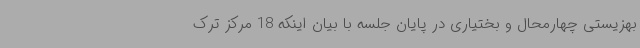
بهزیستی چهارمحال و بختیاری در پایان جلسه با بیان اینکه 18 مرکز ترک